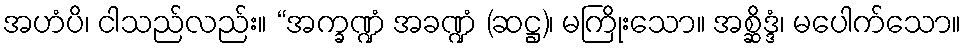
အဟံပိ၊ ငါသည်လည်း။ “အက္ခဏ္ဍံ အခဏ္ဍံ (ဆဋ္ဌ)၊ မကြိုးသော။ အစ္ဆိဒ္ဒံ၊ မပေါက်သော။